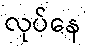
လုပ်နေ